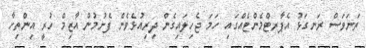
ތަނަވަސް ރަނގަޅު އެޕާރޓްމެންޓެއްގައި ހަމަ ޖެހިލައިގެން ދިރިއުޅެވެން ފެށުމުން އާޒިމް ހުރީ އިންތިހާ